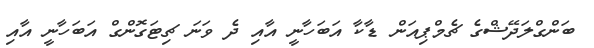
ބަންގްލަދޭޝްގެ ޗެމްޕިއަން ޑާކާ އަބަހާނީ އާއި ދެ ވަނަ ޗިޓަގޮންގް އަބަހާނީ އާއި